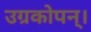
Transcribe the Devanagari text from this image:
उग्रकोपन्।